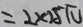
= 2 \times 2 5 \pi